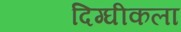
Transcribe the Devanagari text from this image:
दिग्घीकला